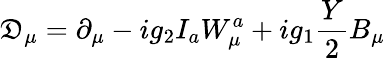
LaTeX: \mathfrak{D}_{\mu}=\partial_{\mu}-ig_{2}I_{a}W_{\mu}^{a}+ig_{1}\frac{Y}{2}B_{\mu}